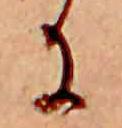
に